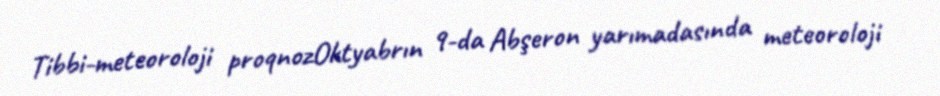
Tibbi-meteoroloji proqnozOktyabrın 9-da Abşeron yarımadasında meteoroloji